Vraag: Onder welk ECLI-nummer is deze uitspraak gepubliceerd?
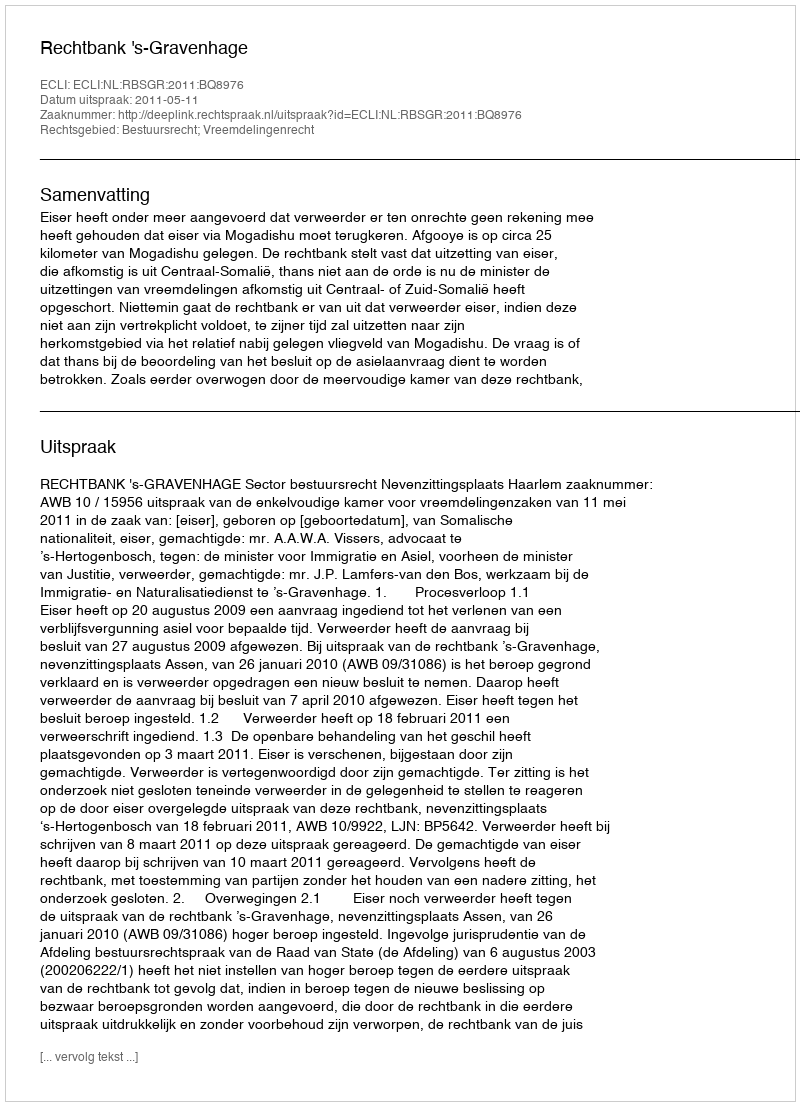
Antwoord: ECLI:NL:RBSGR:2011:BQ8976